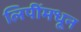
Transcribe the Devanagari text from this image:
लिपींमधून